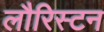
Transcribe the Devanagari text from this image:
लौरिस्टन